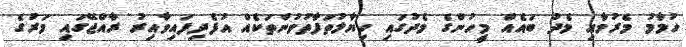
ހުމާމު މެރުމާއި މެދު ބައެއް މީހުންގެ މެދުގައި ހިޔާލުތަފާތުވުންތަކެއް އުފެދިފައިވާއިރު ރާއްޖޭގައި މަރުގެ